Vital statistics of India. Vol. IV, Annual returns from 1871 to 1876. British Army of India, Native Army and jails of Bengal
Year: 1871
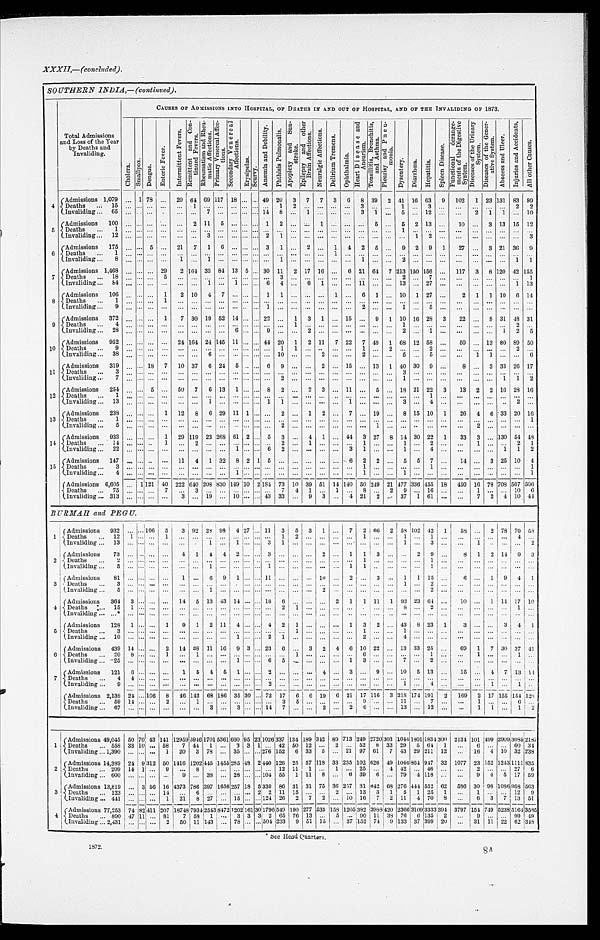
1872.
8A
XXXII,—(concluded).
SOUTHERN INDIA,—(continued).
Total Admissions
and Loss of the Year
by Deaths and
Invaliding.
CAUSES OF ADMISSIONS INTO HOSPITAL, OF DEATHS IN AND OUT OF HOSPITAL, AND OF THE INVALIDING OF 1873.
Chol er a.
S m a l l p o x .
D e n g u e .
E n t e r i c F e v e r .
I n t e r m i t t e n t F e v e r s . R e m i t t e n t a n d C o n - t i n u e d F e v e r s .
R h e u m a t i s m a m d R h e u - m a t i c A f f e c t i o n s .
P r i m a r y V e n e r e a l A f f e c - t i o n s .
S e c o n d a r y Ve n e r e a l Af f e c t i o n s .
E r y s i p e l a s . S c u r v y .
An æmi a a n d De b i l i t y .
P h t h i s i s P u l m o n a l i s .
A p o p l e x y a n d S u n - s t r o k e .
E p i l e s y a n d o t h e r B r a i n A f f e c t i o n s .
N e u r a l g i c A f f e c t i o n s .
D e l i r i u m T r e m e n s .
O p h t h a l m i a .
H e a r t D i s e a s e s a n d A n e u r i s m . T o n s i l l i t i s , B r o n c h i t i s , a n d A s t h m a .
P l e u r i s y a n d P n e u - m o n i a .
D y s e n t e r y . D i a r r h œ a .
H e p a t i t i s .
S p l e e n D i s e a s e .
F u n c t i o n a l d e r a n g e - m e n t s o f t h e D i g e s t i v e S y s t e m .
D i s e a s e s o f t h e U r i n a r y S y s t e m .
Di s e a s e s o f t h e Ge n e r - a t i v e S y s t e m.
A b s c e s s a n d U l c e r .
I n j u r i e s a n d A c c i d e n t s .
A l l o t h e r C a u s e s .
4
Admissions 1,079 . . .
1
78
. . .
20
6 4
69
1 1 7
18
. . . . . .
49
2 0
3
7
7
3
6
8
39
2 41 16 63
9
102
1 23 131
8 3 99
D e a t h s . . . 1 1 5
1 5
. . .
. . .
. . . . . .
. . .
1
. . .
. . .
. . . . . .
. . .
1 2
. . . . . .
. . .
. . .
3 . . .
. . .
1 . . .
3
. . .
. . .
. . .. . .
. . .
2
2
I n v a l i d i n g . . .
6 5
. . .
. . .
. . . . . .
. . .
. . .
7
. . .
. . .
. . . . . .14
8
. . .
1 . . .
. . .
. . .
3 1
. . .
5 . . .
1 2
. . .
. . .
2 1
1
. . .
1 0
5
Admissions
100
. . .
. . .
. . .
. . .
. . .
2 11
5
. . .
. . .
. . . 1
2
. . .
. . .
1
. . .
. . .
. . . 5
. . . 5
2 13
. . .
10 . . .
3 13 15 12
D e a t h s . . .
1 . . .
. . .
. . . . . .
. . .
. . .
. . .
. . .
. . .
. . . . . .
. . .
. . .
. . .
. . . . . .
. . .
. . .
. . . . . .
. . .
1 . . .
. . .
. . .
. . .. . .
. . .
. . .
. . .
. . .
I n v a l i d i n g . . .
1 2
. . .
. . .
. . . . . .
. . .
. . .
3
. . .
. . .
. . . . . .
2
1
. . .
. . . . . . . . .
. . .
. . . . . .
. . .
. . . 1
2
. . .
. . .. . .
. . .
. . .
. . .
3
6
Admissions
1 7 5 . . .
. . . 5
. . . 21
7
1
6
. . .
. . . . . . 3
1
. . . 2 . . .
1
4
2
5
. . .
9
2
9
1
27 . . .
3 21 36
9
D e a t h s . . .
1 . . .
. . .
. . .
. . .
. . .
. . .
. . .
. . .
. . .
. . . . . .
. . .
. . .
. . .
. . .. . .
1
. . .
. . .. . .
. . .
. . . . . .
. . .. . .
. . .. . .
. . .
. . .
. . .
. . .
I n v a l i d i n g . . .
8 . . .
. . .
. . .
. . .
1
. . .
1
. . .
. . .
. . . . . .
. . .
1
. . .
. . .. . .
. . .
. . .
1 . . .
. . .
2 . . .. . .
. . .
. . .. . .
. . .
. . .
1
1
7
A d m i s s i o n s
1 , 4 6 8. . .
. . .
. . .
29
2 164 33
8 4 13
5 . . .
30
1 1
2 17 16
. . .
6
21 64
7 213 150 156
. . .
117
3
8 120 42 155
Deaths
. . .
1 8 . . .
. . .
. . .
5
. . .
. . .
. . .
. . .
. . . . . .
. . .. . .
3
. . .
. . .. . .
. . .
. . .
. . .. . .
. . .
2 . . .
7
. . .
. . .. . .
. . .
. . .
. . .
1
I n v a l i d i n g . . .
8 4
. . .
. . .
. . .
. . .
. . .
. . .
1 . . .
1
. . . . . .6
4
. . .
6 1
. . .
. . .
1 1
. . .
. . .13 . . .
2 7
. . .
. . .
. . . . . .
. . .
1
1 3
8 Admissions
106
. . .
. . .
. . . 1
2 10
4
7
. . .
. . .
. . .
1
1
. . .
. . .
. . .
1
. . .
6
1
. . . 10
1 27
. . .
2
1
1 10
6 14
D e a t h s . . .
1
. . .
. . .
. . .
1
. . .
. . .
. . .
. . .
. . . . . .
. . . . . .
. . .
. . .
. . . . . .
. . .
. . .
. . . . . .
. . .
. . . . . .
. . .
. . . . . .
. . . . . . . . .
. . .
. . .
I n v a l i d i n g . . .
9 . . .
. . .
. . .
. . .
. . .
. . .
. . .
. . .
. . .. . . . . .1
. . .
. . .
. . .. . .
. . .
. . .
2 . . .
. . .
1 . . .
5
. . .
. . .
. . .. . . . . .
. . .
. . .
9
Admissions
372 . . .
. . .
. . .
1
7 30 19 52 14 . . .
. . . 22
. . .
1
3
1
. . .
15
. . .
9
1
1 0
16 28
3
22
. . .
8 31 48 31
D e a t h s
4 . . .
. . .
. . .
. . . . . .
. . .
. . .
. . .
. . .. . . . . .. . .
. . .
1
. . .
. . .
. . .
. . .
. . .
. . .
. . . 1 . . .
. . .
. . .
. . .
. . . . . .. . .
2
. . .
Invaliding . . .
28 . . .
. . .
. . . . . .
. . .
. . .
. . .
. . .
6 . . . . . .9
. . .
. . .
2
. . .
. . .
. . .
. . . . . .
. . .
2 . . .
1
. . .
. . .
. . . . . .1
2
5
10
Admissions
952 . . .
. . .
. . .
. . .
24 164 24 145 11 . . .
. . . 44 20
1
2 11
7 22
7 49
1 68 12 58
. . .
50
. . . 13 80 89 50
D e a t h s . . .
9 . . .
. . .
. . .
. . .
. . .
. . .
. . .
. . .
. . . . . . . . .. . .
1
1
. . .. . .
. . .
. . .
1 . . .
2
. . .. . .
2
. . .
. . .
. . .. . . . . .
2
. . .
I n v a l i d i n g . . .
3 8
. . .
. . .
. . .
. . .
. . .
. . .
6
. . .
. . . . . . . . .. . .
1 0
. . .
. . .2
. . .
. . .
2 . . .
. . .
5 . . .
5
. . .
. . .
1 1
. . .
. . .
6
11
A d m i s s i o n s
319 . . .
. . . 18
7
10 37
6 24
5 . . .
. . . 6
9
. . .
. . . 2
. . . 15
. . . 13
1 40 30
9
. . .
8
. . . 3 33 26 17
D e a t h s
3 . . .
. . .
. . .
. . .
. . .
. . .
. . .
. . .
. . . . . . . . .
. . .
. . .
. . .
. . .
. . .
. . .
. . .
. . .. . .
. . .
3 . . .
. . .
. . .
. . .
. . .
. . . . . .
. . .
. . .
I n v a l i d i n g . . .
7 . . .
. . .
. . .
. . .
. . .
. . .
. . .
. . .
. . . . . . . . .
. . .
2
. . .
. . .
. . .
. . .
. . .
. . .. . .
. . .
1 . . .
. . .
. . .
. . .
. . .. . . 1
1
2
1 2
Admissions
254 . . .
. . . 5
. . . 50
7
6 13
1 . . .
. . . 8
2
. . .
2
3
. . . 11
. . . 5
. . . 18 21 22
3
13
2
2 16 28 16
D e a t h s . . .
1 . . .
. . .
. . .
. . .
. . .
. . .
. . .
. . .
. . . . . . . . .
. . .
. . .
. . .
. . .
. . .
. . .
. . .
. . . . . .
. . .
. . .. . .
1
. . .
. . .
. . .
. . .. . .
. . .
. . .
I n v a l i d i n g
1 3
. . .
. . .
. . .
. . .
. . .
. . .
1
. . .
. . . . . . . . .
1
1
. . .
. . .
. . .
. . .
1
. . . . . .
. . .
3 . . .
4
. . .
. . .
. . .
. . .. . .
2
. . .
13
Admissions
238 . . .
. . .
. . . 1
12
8
6 29 11 1
. . .
. . .
2
. . .
1
2
. . . 7
. . . 19
. . . 8 15 10
1
26
4
6 33 20 16
Deaths
. . .
1 . . .
. . .
. . .
. . .
. . .
. . .
. . .
. . .
. . . . . .
. . .
. . .
. . .
. . .
. . . . . .
. . .
. . .
. . . . . .
. . .
. . . . . .
. . .
. . .
. . .
. . .
. . . . . .
. . . 1
I n v a l i d i n g . . .
5 . . .
. . .
. . .
. . .
. . .
. . .
. . . 1
. . .
. . . . . .
. . .
. . .
2
. . .
. . .. . .
. . .
. . .
. . .1
. . .
. . .. . .
. . .
. . .
. . .
2
. . .. . .
. . .
. . .
1 4
Admissions
933
. . .
. . .
. . .
1
29 119 23 268 61 2
. . . 5
3
. . . 4
1
. . . 44
3 27
8 14 30 22
1
33
3
. . .
130 54
4 8
D e a t h s . . .
1 4
. . .
. . .
. . .
1
. . .
2
. . .
. . .
. . . . . .
. . .
. . .
2
. . .
1
. . .
. . .
. . .
1 . . .
. . .
1 . . .
2
. . .
. . .
1
. . .. . .
2
1
I n v a l i d i n g . . .
2 2
. . .
. . .
. . .
. . .
. . .
. . .
. . .
. . .
1 . . .
. . .
6
2
. . .
. . .
. . .
. . .
3
1 . . .
. . .
1 . . .
4
. . .
. . .
. . .
. . .1
1
2
15
Admissions
147 . . .
. . .
. . .
. . .
11
4
1 32
8 2 1 5
. . .
. . .
. . . . . .
. . . 6
2
2
. . . 5
5
7
. . .
14
. . .
3 25 10
4
D e a t h s . . .
3 . . .
. . .
. . .
. . .
. . .
. . .
. . .
. . .
. . . . . .
. . .
. . .
. . .
. . .
. . .. . .
. . .
. . .
1 . . .
. . .
. . . . . .
1
. . .
. . .
. . .
. . .. . .
. . .
1
Invaliding . . .
4 . . .
. . .
. . . . . .
. . .
. . .
. . .
. . .
1 . . .
. . .
. . .
. . .
. . .
. . . . . .
. . .
. . .
1 . . .
. . .
1 . . .
. . .
. . .
. . .
. . .
. . .
. . .
. . .
1
Admissions 6,605 . . .
1
1 2 1 40 222 640 208 830 149 10
2 184 73
1 0
39 51 14 140 50 249 21 477 336 455 18
450 16 78 708 507
5 0 6
D e a t h s . . .
7 5 . . .
. . .
. . .
7
. . .
3
. . .
. . .
. . . . . .
. . .
. . .
7
4 1 . . .
1
. . .
8 . . .
2
9 . . .
1 6
. . .
. . .
1
. . .. . .
1 0
6
Invaliding . . . 313 . . .
. . .
. . .
. . .
3
. . . 19
. . .
1 0 . . .
. . .
4 3 33
. . . 9 3
. . .
4 21
2
. . . 37 1
6 1
. . .
. . .
7
2 4
10 44
BURMAH and PEGU.
1
Admissions
932
. . .
. . .
106
5
3 92 28 98
4
27
. . . 11
3
5
3
1
. . .
7
2 66
2 58 102 42
1
58
. . .
2 78 70 58
Deaths . . .
12
1
. . .
. . .
1
. . .
. . .
. . .
. . .
. . .. . .
. . . . . .
. . .
1 2
. . .
. . .
. . .1
. . .
. . .
1 . . .
1
. . .
. . .
. . .
. . .
. . .4
. . .
Invaliding . . .
1 3
. . . . . .
. . .
. . .
. . . . . .
1 . . .
1 . . .
. . .. . .
3
1 . . .
. . .
. . .
. . .. . . . . .
. . .
1 . . .
3
. . .
. . .
1
. . .
. . .. . . 2
2
Ad mi s s i o n s
73
. . .
. . .
. . .
. . .
4
1
4
4
2 . . .
. . . 3
. . .
. . . . . .
2
. . .
1
1
3
. . .
. . . 2
9
. . .
8 1
2 14
9
3
Deaths . . .
2
. . . . . .
. . .
. . .
. . . . . .
. . . . . .
. . .. . .
. . . . . .
. . .
. . . . . .
. . .
. . . . . .
. . .1
. . .
. . .
. . . . . .
1
. . .
. . .
. . .
. . .
. . . . . . . . .
Invaliding . . .
5
. . . . . .
. . .
. . .
. . . . . .
1 . . .
. . .. . .
. . . 1
. . .
. . . . . .
. . .
. . .
1 1
. . .
. . .
. . . . . .
1
. . .
. . .
. . .
. . .
. . . . . . . . .
3
Admissions
81
. . .
. . .
. . .
. . .
1 . . .
6
9
1 . . .
. . . 11
. . .
. . . . . . 10
. . . 2
. . . 3
. . .
1
1 15
. . .
6
. . .
1
9
4
1
Deaths . . .
3
. . . . . .
. . .
. . .
. . . . . .
. . . . . .
. . .. . .
. . .. . .
. . .
. . . . . .
. . .
. . .
. . .. . . . . .
. . .
1 . . .
2
. . .
. . .
. . .
. . .
. . . . . . . . .
Invaliding . . .
5
. . . . . .
. . .
. . .
. . . . . .
1 . . .
. . .. . .
. . .. . .
. . .
. . . . . .
2
. . .
. . .. . . . . .
. . .
. . . . . .
2
. . .
. . .
. . .
. . .
. . . . . . . . .
4
Admissions
364
3
. . .
. . .
. . . 14
5 13 43 14 . . .
. . . 18
6
. . . . . .
. . .
2
1
1
11
1 93 23 64
. . .
10
. . . 1 14 17 10
Deaths . . .
1 5
1 . . .
. . .
. . .
. . . . . .
. . .. . .
. . .. . .
. . .. . .
2
1 . . .
. . .
. . .
. . .. . . . . .
. . .
8 . . .
2
. . .
. . .
. . .
. . .
. . .1
. . .
Invaliding . . .
. . . *
. . . . . .
. . .
. . .
. . . . . .
. . .. . .
. . .. . .
. . .. . .
. . .
. . . . . .
. . .
. . .
. . .. . . . . .
. . .
. . . . . .
. . .
. . .
. . .
. . . . . . . . .
. . . . . .
5
Admissions
128
1
. . .
. . .
1
9
1
2 11
4 . . .
. . . 4
2
1 . . .
. . .
. . . 1
3
2
. . . 43
8 23
1
3
. . .
. . . 3
4
1
Deaths . . .
3
. . . . . .
. . .
. . .
. . . . . .
. . .. . .
. . .. . .
. . . . . .
. . .
1 . . .
. . .
. . .
. . .1
. . .
. . .
1 . . .
. . .
. . .
. . .
. . .
. . .
. . . . . . . . .
Invaliding . . .
1 0
. . . . . .
. . .
. . .
. . . . . .
. . .. . .
1 . . .
. . . 2
1
. . .. . .
. . .
. . .
. . .2
. . .
. . .
4 . . .
. . .
. . .
. . .
. . .
. . .
. . . . . . . . .
6
Admissions
439 14
. . .
. . .
2
14 38 11 16
9 3
. . . 23
6
. . .
3
2
4
6 10 22
. . . 13 33 25
. . .
6 9 1
7 30 37 41
Deat hs . . .
2 0
8 . . .
. . .
1
. . . 1
. . .. . .
. . .. . .
. . .. . .
. . .
1
. . .
. . .
. . .
. . .6
. . .
. . .
. . .. . .
1
. . .
. . .
1
. . .
. . .1
. . .
Invaliding . . .
2 5
. . . . . .
. . .
. . .
. . . . . .
. . .. . .
1 . . .
. . .6
5
. . . . . .
. . .
. . .
1 3
. . .
. . .
7 . . .
2
. . .
. . .
. . .
. . .
. . .. . . . . .
7
Admissions
121
6
. . .
. . .
. . .
1
5
4
5
1 . . .
. . . 2
. . .
. . .
. . .
4
. . .
3
. . .
9
. . . 10
5 13
. . .
15
. . .
4
7 13 14
Deaths . . .
4
4 . . .
. . .
. . .
. . . . . .
. . . . . .
. . .. . .
. . . . . .
. . .
. . .
. . .
. . .
. . .. . .
. . .
. . .
. . . . . .
. . .
. . .
. . .
. . .
. . .
. . .. . . . . .
Invaliding . . .
9
. . . . . .
. . .
. . .
. . . . . .
. . . . . .
. . .. . .
. . . 2
. . .
. . . . . .
. . .
. . .
. . .. . .
. . .
. . .
1 . . .
4
. . .
. . .
. . .
1
. . .1
. . .
Admission
2,138
2 4 . . . 106
8
46 142 68 186 35 30
. . . 72
1 7 6
6 19
6 21
17 116
3 218
174 1 9 1
2
169
2
1 7
1 5 5 154 128
Deaths . . .
5 9
1 4 . . .
. . .
2
. . . 1
. . .. . .
. . .. . .
. . .. . .
3
5 . . .
. . .
. . .
. . . 9 . . .
. . . 11 . . .
7
. . .
. . . 1
. . .
. . .
6
. . .
Invaliding . . .
6 7
. . . . . .
. . .
. . .
. . . . . .
3 . . .
3 . . .
. . .14
7
. . . . . .
2
. . .
2 6
. . .
. . .
1 3
. . .
1 2
. . .
. . .
1
1
. . .1
2
1
Admissions 49,045
5 0 7 0
4 3
141
1 2 9 5 9
5946
1 7 0 15361
6 6 0
95
2 3
1026
3 3 7
1 3 4 189
3 4 2
8 9
7 1 3
249
2720
3 0 3
1 0 4 4
1801
1 8 3 4
3 0 0
2 1 3 4
1 0 1
4 9 9
2909
3085
2187
Deaths . . .
558
5 3 1 0
. . .
5 8
7 44
1 . . .
3 3
1 . . .
4 2
5 0 12
. . .
2
. . .52 8
3 3
2 9
5
6 4
1
. . .
6
. . .
. . . 60 34
Invaliding . . . 1,390
. . .
. . .
. . .
1
2 0
3
7 8 . . .
3 5 . . .
. . .276
1 5 2 6 33
5
. . .
2 1 97 61
7
4 3 29
2 1 1
1 2
. . .
1 6
1 10 32 238
2
Admissions 14,389
2 4 9
3 1 2
5 0
1 4 1 6 1202
4 4 5
1455
2 8 5 48
2 440
1 2 6
2 5 57
1 1 8
3 3
2 3 5
102 626
4 9
1 0 4 6864
9 4 7
3 2
1 0 7 7
2 3
1 5 2
12431111 835
Deaths . . .
209
1 4 1
. . .
9
. . .
8
. . . . . .
. . . . . .
. . . . . .
1 2
1 1
1 . . .
1
. . . 25 . . .
4
4 2 . . .
4 6
. . .
. . .
2
. . . . . . 27
6
Invaliding . . .
600
. . . . . .
. . .
. . .
9 . . .
3 8 . . .
2 8 . . .
. . .
104
5 5
1 11
8
. . .
6 39
9
. . .
7 9
4
1 1 8
. . .
. . .
9
4
5 17 59
3
Admissions 13,819
. . . 3
5 6
1 6
4 3 7 3 786
3 9 71656
2 5 7 18
5 330
8 6
3 1 31
7 5
3 6
2 5 7 31 642
6 8
2 7 6 444
5 5 2
6 2
5 8 6
3 0
9 8 1086968 563
Deaths . . .
123
. . . . . .
. . .
4
. . .
6
. . . . . .
. . . . . .
2
2
1 1
1 5 . . .
. . .
2
. . .13
3
1
5
1
2 5
1
. . .
1
. . . . . . 12
9
Invaliding . . .
441
. . .
. . . . . .
1
2 1
8
2 7 . . .
1 5 . . .
. . .
124
2 6
2
7
2
. . .
1 0 16
7
2
1 1
4
7 0
8
. . .
6
3
7 13
51
4
Admissions 77,253
7 4 8 2
411
2 0 7
1 8 7 4 8 7934
2 5 4 38472
1 2 0 2161 3 0
1796
5 4 9
1 9 0 277
5 3 5
1 5 8
1 2 0 5382 3988
4 2 0
2 3 6 63109
3 3 3 3
3 9 4
3 7 9 7
1 5 4
7 4 9 523851643585
Deaths . . .
890
4 7 1 1 . . .
8 1
7 58
1 . . .
3 3
3
2
6 5
7 6 13
. . .
5
. . . 90 11
3 8
7 6 6
1 3 5
2
. . .
9
. . . . . . 99
4 9
Invaliding . . . 2,431
. . .
. . . . . .
2
5 0 11
1 4 3 . . .
7 8 . . .
. . .
504
2 3 3
9 51
1 5
. . .
3 7 152 74
9
1 3 3 37
3 9 9
2 0
. . .
3 1 1 1 22 62 348